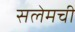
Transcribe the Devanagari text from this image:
सलेमची